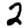
Digit: 2